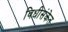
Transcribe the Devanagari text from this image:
विधीसंकेत